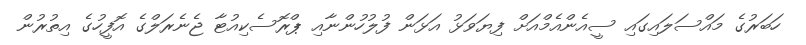
ހަބަރުގެ މައްސަލައިގައި ސީއެންއެމްއަށް ފިޔަވަޅު އަޅަން ފުލުހުންނާއި ޕްރޮސެކިއުޓާ ޖެނެރަލްގެ އޮފީހުގެ އިތުރުން